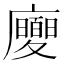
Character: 𢌂